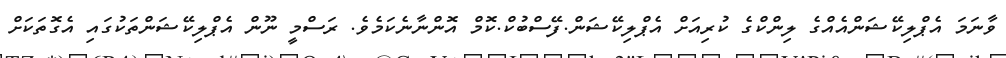
ވާނަމަ އެޕްލިކޭޝަންއެއްގެ ލިންކްގެ ކުރިއަށް އެޕްލިކޭޝަން.ފޭސްބުކް.ކޮމް އޮންނާނެކަމެވެ. ރަސްމީ ނޫން އެޕްލިކޭޝަންތަކުގައި އެގޮތަކަށް